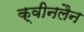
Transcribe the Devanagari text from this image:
क्वीनलैन